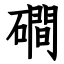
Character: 磵